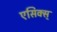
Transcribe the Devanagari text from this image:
एसिक्स्